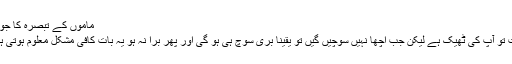
ماموں کے تبصرہ کا جواب
بات تو آپ کی ٹھیک ہے لیکن جب اچھا نہیں سوچیں گیں تو یقینا بری سوچ ہی ہو گی اور پھر برا نہ ہو یہ بات کافی مشکل معلوم ہوتی ہے۔